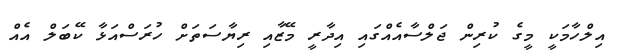
އިލްހާމަކީ މީގެ ކުރިން ޖަލްސާއެއްގައި އިދާރީ މޭޒާއި ރިޔާސަތަށް ހުރަސްއަޅާ ކޭބަލް އެއް